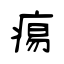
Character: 痬